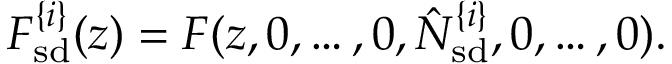
F _ { \mathrm { s d } } ^ { \{ i \} } ( z ) = F ( z , 0 , \ldots , 0 , \hat { N } _ { \mathrm { s d } } ^ { \{ i \} } , 0 , \ldots , 0 ) .